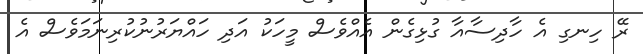
ރޭ ހިނގި އެ ހާދިސާއާ ގުޅިގެން އެއްވެސް މީހަކު އަދި ހައްޔަރުނުކުރިނަމަވެސް އެ